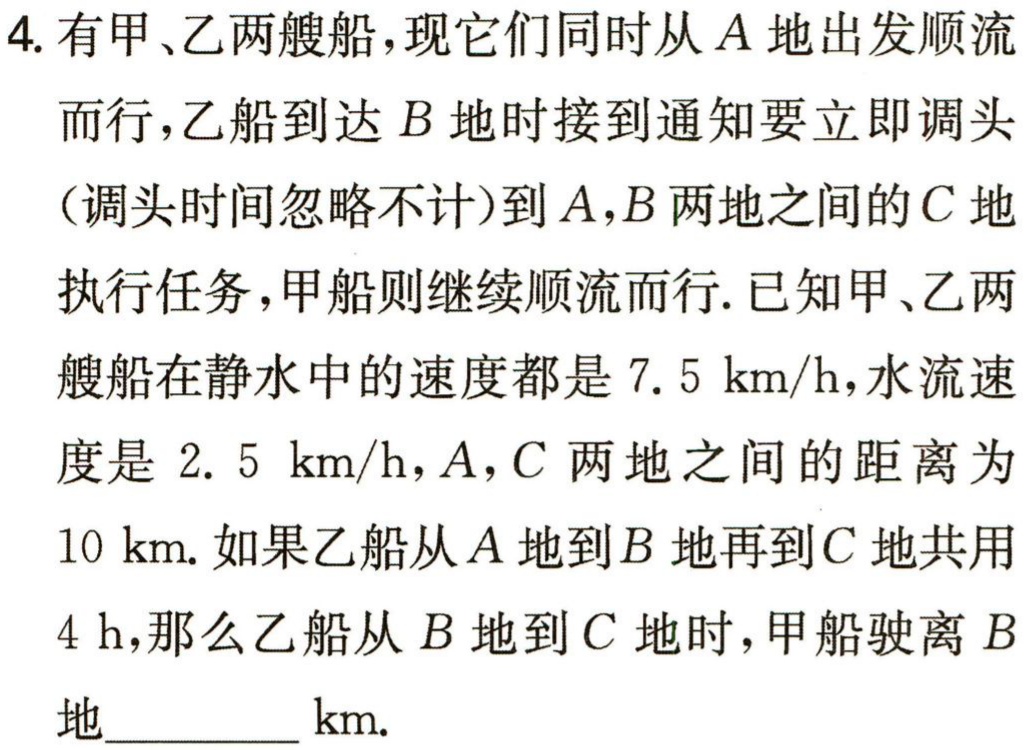
4. 有甲、乙两艘船，现它们同时从\(A\)地出发顺流而行，乙船到达\(B\)地时接到通知要立即调头（调头时间忽略不计）到\(A,B\)两地之间的\(C\)地执行任务，甲船则继续顺流而行. 已知甲、乙两艘船在静水中的速度都是\(7.5\ km/h\)，水流速度是\(2.5\ km/h\)，\(A,C\)两地之间的距离为\(10\ km\). 如果乙船从\(A\)地到\(B\)地再到\(C\)地共用\(4\ h\)，那么乙船从\(B\)地到\(C\)地时，甲船驶离\(B\)地________\(km\).